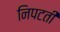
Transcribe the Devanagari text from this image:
निपटतीं